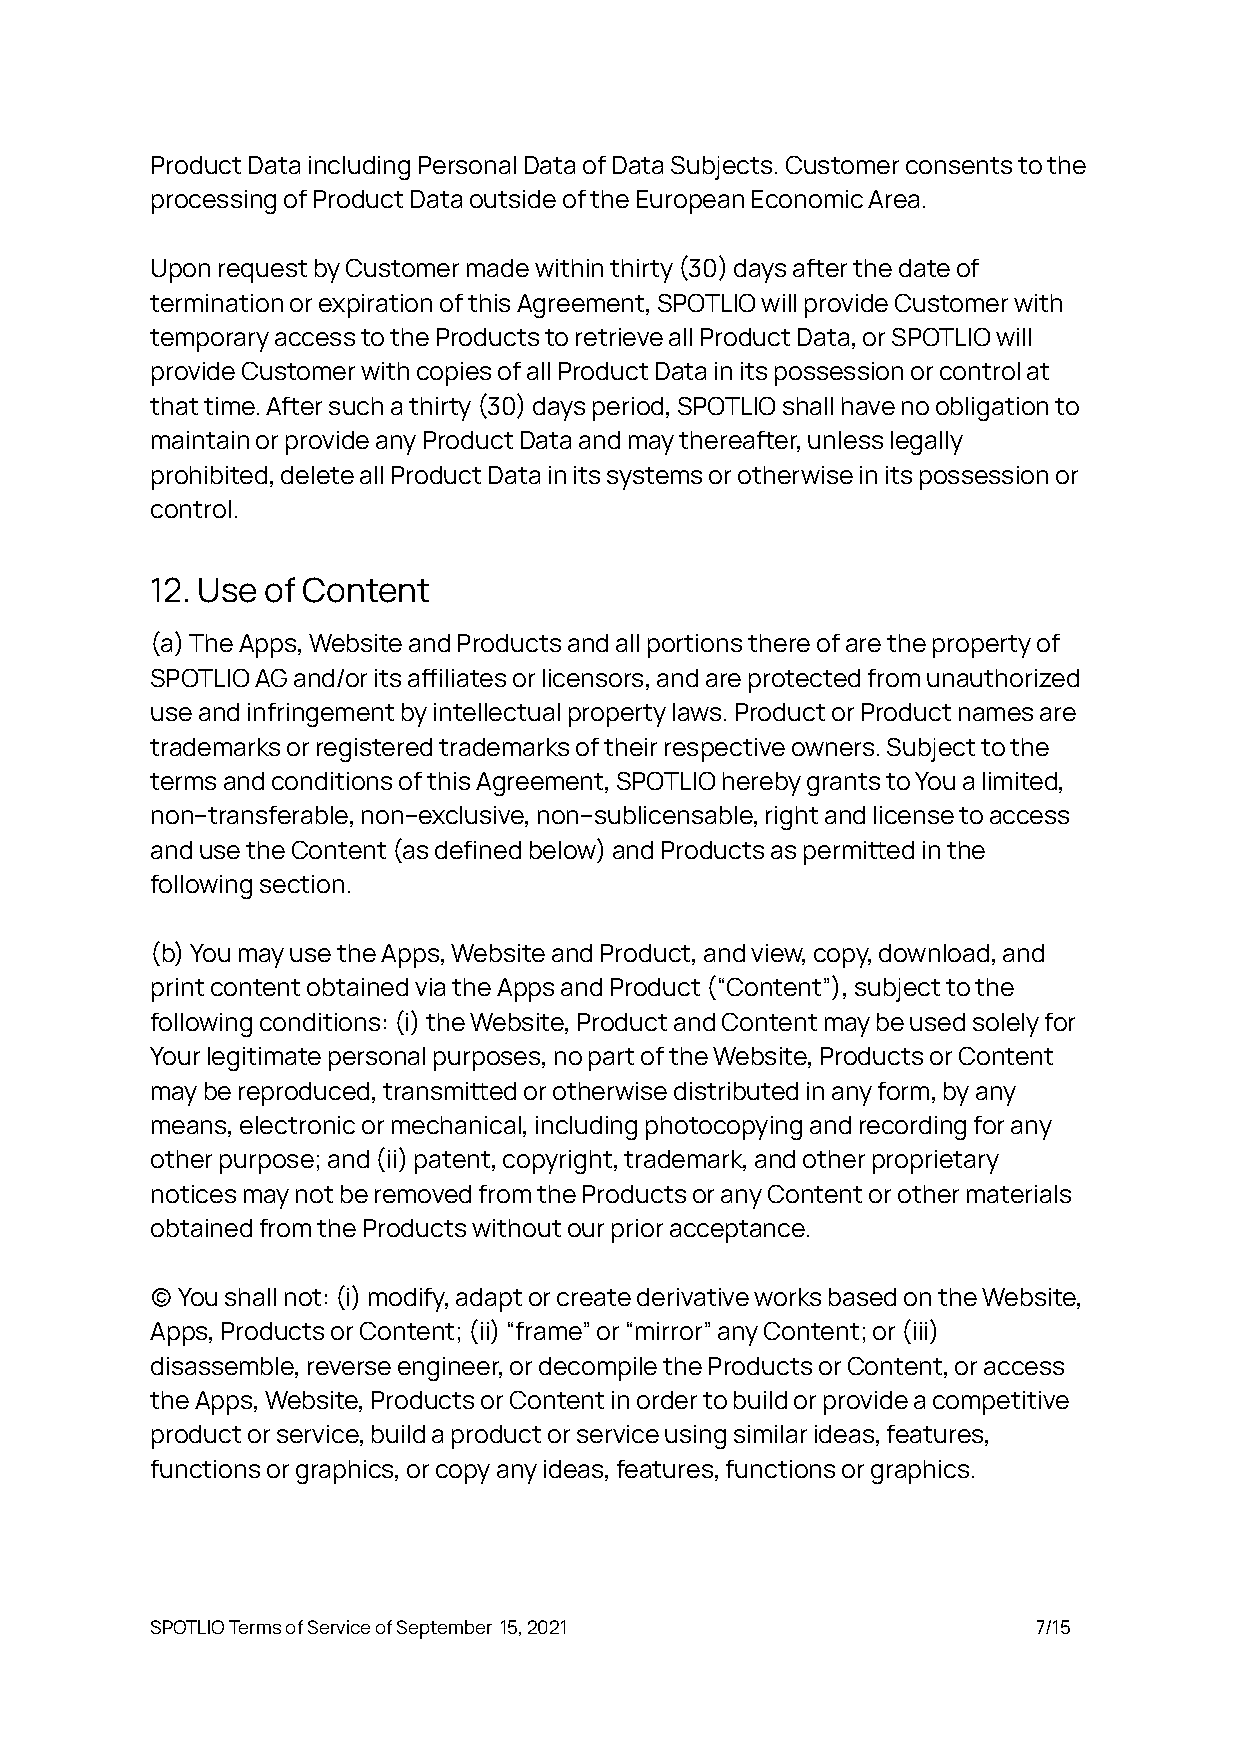
Product Data including Personal Data of Data Subjects. Customer consents to the
 processing of Product Data outside of the European Economic Area.
 Upon request by Customer made within thirty 30 days after the date of
 termination or expiration of this Agreement, SPOTLIO will provide Customer with
 temporary access to the Products to retrieve all Product Data, or SPOTLIO will
 provide Customer with copies of all Product Data in its possession or control at
 that time. After such a thirty 30 days period, SPOTLIO shall have no obligation to
 maintain or provide any Product Data and may thereafter, unless legally
 prohibited, delete all Product Data in its systems or otherwise in its possession or
 control.
 12. Use of Content
 (a) The Apps, Website and Products and all portions there of are the property of
 SPOTLIO AG and/or its ailiates or licensors, and are protected from unauthorized
 use and infringement by intellectual property laws. Product or Product names are
 trademarks or registered trademarks of their respective owners. Subject to the
 terms and conditions of this Agreement, SPOTLIO hereby grants to You a limited,
 non–transferable, non–exclusive, non–sublicensable, right and license to access
 and use the Content (as defined below) and Products as permied in the
 following section.
 (b) You may use the Apps, Website and Product, and view, copy, download, and
 print content obtained via the Apps and Product (“Content”), subject to the
 following conditions: (i) the Website, Product and Content may be used solely for
 Your legitimate personal purposes, no part of the Website, Products or Content
 may be reproduced, transmied or otherwise distributed in any form, by any
 means, electronic or mechanical, including photocopying and recording for any
 other purpose; and (ii) patent, copyright, trademark, and other proprietary
 notices may not be removed from the Products or any Content or other materials
 obtained from the Products without our prior acceptance.
  You shall not: (i) modify, adapt or create derivative works based on the Website,
 Apps, Products or Content; (ii) “frame” or “mirror” any Content; or (iii)
 disassemble, reverse engineer, or decompile the Products or Content, or access
 the Apps, Website, Products or Content in order to build or provide a competitive
 product or service, build a product or service using similar ideas, features,
 functions or graphics, or copy any ideas, features, functions or graphics.
 SPOTLIO Terms of Service of September 15, 2021             7/15